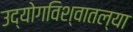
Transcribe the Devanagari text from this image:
उद्योगविश्वातल्या